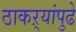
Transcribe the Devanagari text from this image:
ठाकऱ्यांपुढे